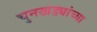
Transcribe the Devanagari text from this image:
चुनखड्यांच्या